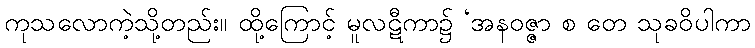
ကုသလောကဲ့သို့တည်း။ ထို့ကြောင့် မူလဋီကာ၌ ‘အနဝဇ္ဇာ စ တေ သုခဝိပါကာ